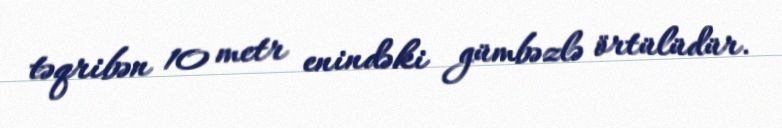
təqribən 10 metr enindəki gümbəzlə örtülüdür.